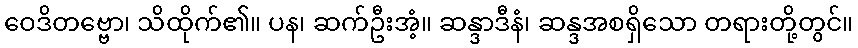
ဝေဒိတဗ္ဗော၊ သိထိုက်၏။ ပန၊ ဆက်ဦးအံ့။ ဆန္ဒာဒီနံ၊ ဆန္ဒအစရှိသော တရားတို့တွင်။